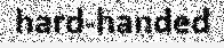
hard-handed